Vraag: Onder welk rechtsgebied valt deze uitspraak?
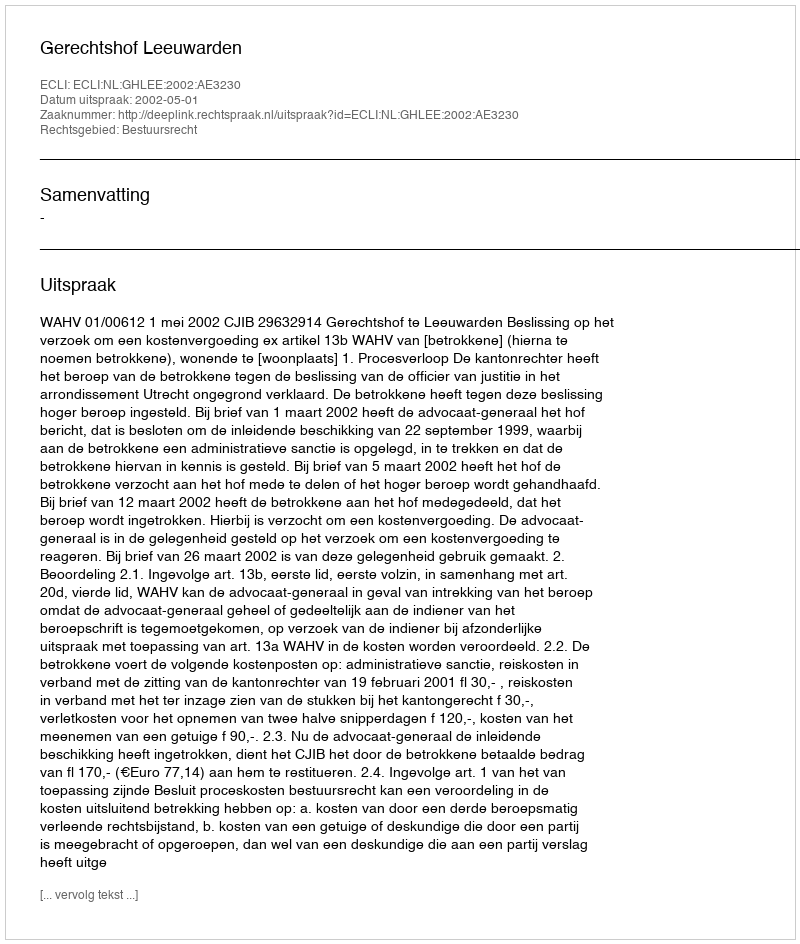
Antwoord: Bestuursrecht